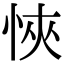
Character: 悏